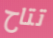
تتاح